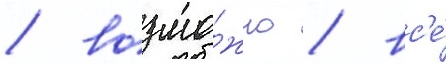
/ возмо́жно / вс'е́